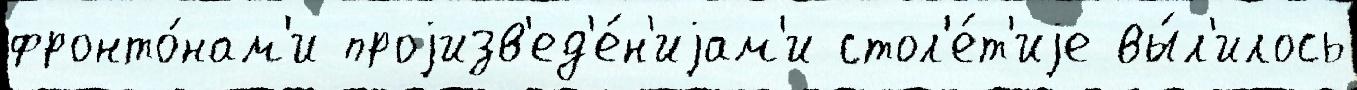
фронто́нам'и проjизв'ед'е́н'иjам'и стол'е́т'иjе вы́л'илось